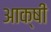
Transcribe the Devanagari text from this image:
आक्षी